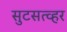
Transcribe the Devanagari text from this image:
सुटसत्व्हर